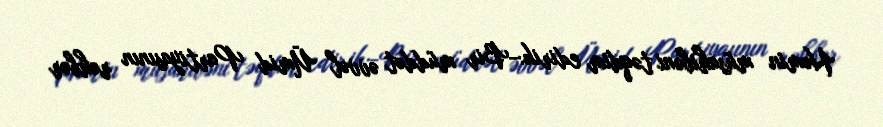
Həmin müsahibəni təqdim edirik:-Bir müddət əvvəl Ümid Partiyasının rəhbər